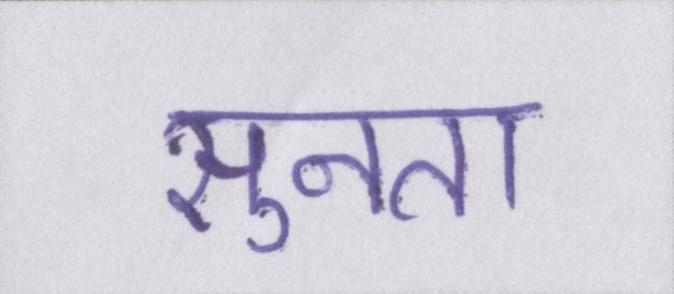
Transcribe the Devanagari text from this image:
सुनता